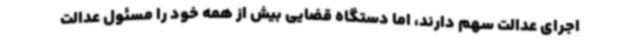
اجرای عدالت سهم دارند، اما دستگاه قضایی بیش از همه خود را مسئول عدالت